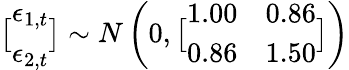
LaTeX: \displaystyle\bigl[\begin{array}{l}{\epsilon_{1,t}}\\ {\epsilon_{2,t}}\end{array}\bigr]\sim N\left(0,\bigl[\begin{array}{ll}{1.00}&{0.86}\\ {0.86}&{1.50}\end{array}\bigr]\right)